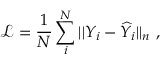
\mathcal { L } = \frac { 1 } { N } \sum _ { i } ^ { N } | | Y _ { i } - \widehat { Y } _ { i } | | _ { n } \ ,